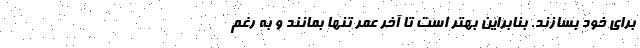
برای خود بسازند. بنابراین بهتر است تا آخر عمر تنها بمانند و به رغم